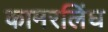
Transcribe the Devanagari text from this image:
कामरलिंघ